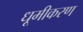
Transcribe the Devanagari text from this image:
धूमीकरण